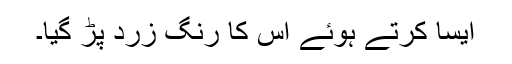
ایسا کرتے ہوئے اُس کا رنگ زرد پڑ گیا۔